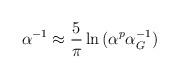
LaTeX: \begin{align*}\alpha^{-1} \approx {5\over\pi}\ln{(\alpha^p\alpha_G^{-1})} \end{align*}